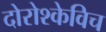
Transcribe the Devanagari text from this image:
दोरोश्केविच